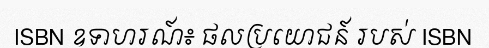
ISBN ឧទាហរណ៍៖ ផលប្រយោជន៍ របស់ ISBN